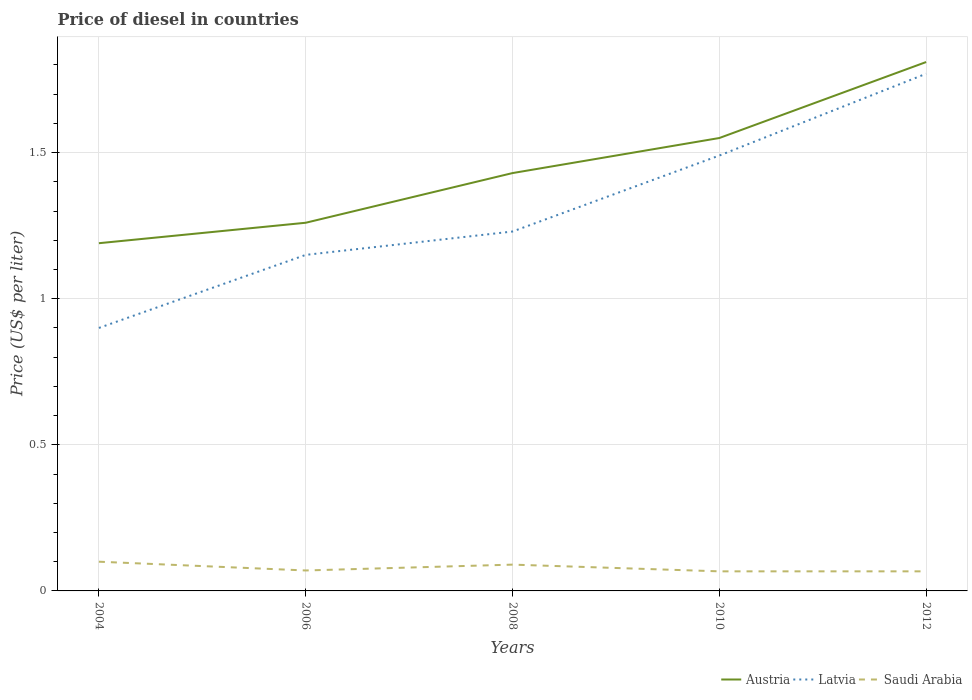
| Years | Austria | Latvia | Saudi Arabia |
 | --- | --- | --- | --- |
 | 2004 | 1.19 | 0.9 | 0.1 |
 | 2006 | 1.26 | 1.15 | 0.07 |
 | 2008 | 1.43 | 1.23 | 0.09 |
 | 2010 | 1.55 | 1.49 | 0.067 |
 | 2012 | 1.81 | 1.77 | 0.067 |